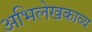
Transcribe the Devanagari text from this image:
अभिलेखकाव्य